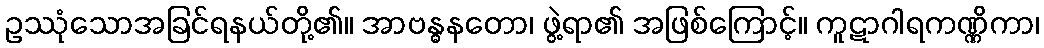
ဥဿုံသောအခြင်ရနယ်တို့၏။ အာဗန္ဓနတော၊ ဖွဲ့ရာ၏ အဖြစ်ကြောင့်။ ကူဋာဂါရကဏ္ဏိကာ၊